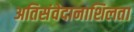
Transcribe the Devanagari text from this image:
अतिसंवेदानाशिलता